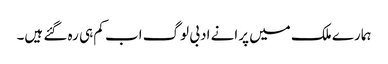
ہمارے ملک میں پرانے ادبی لوگ اب کم ہی رہ گئے ہیں۔